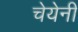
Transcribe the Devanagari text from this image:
चेयेनी